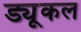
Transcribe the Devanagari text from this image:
ड्यूकल